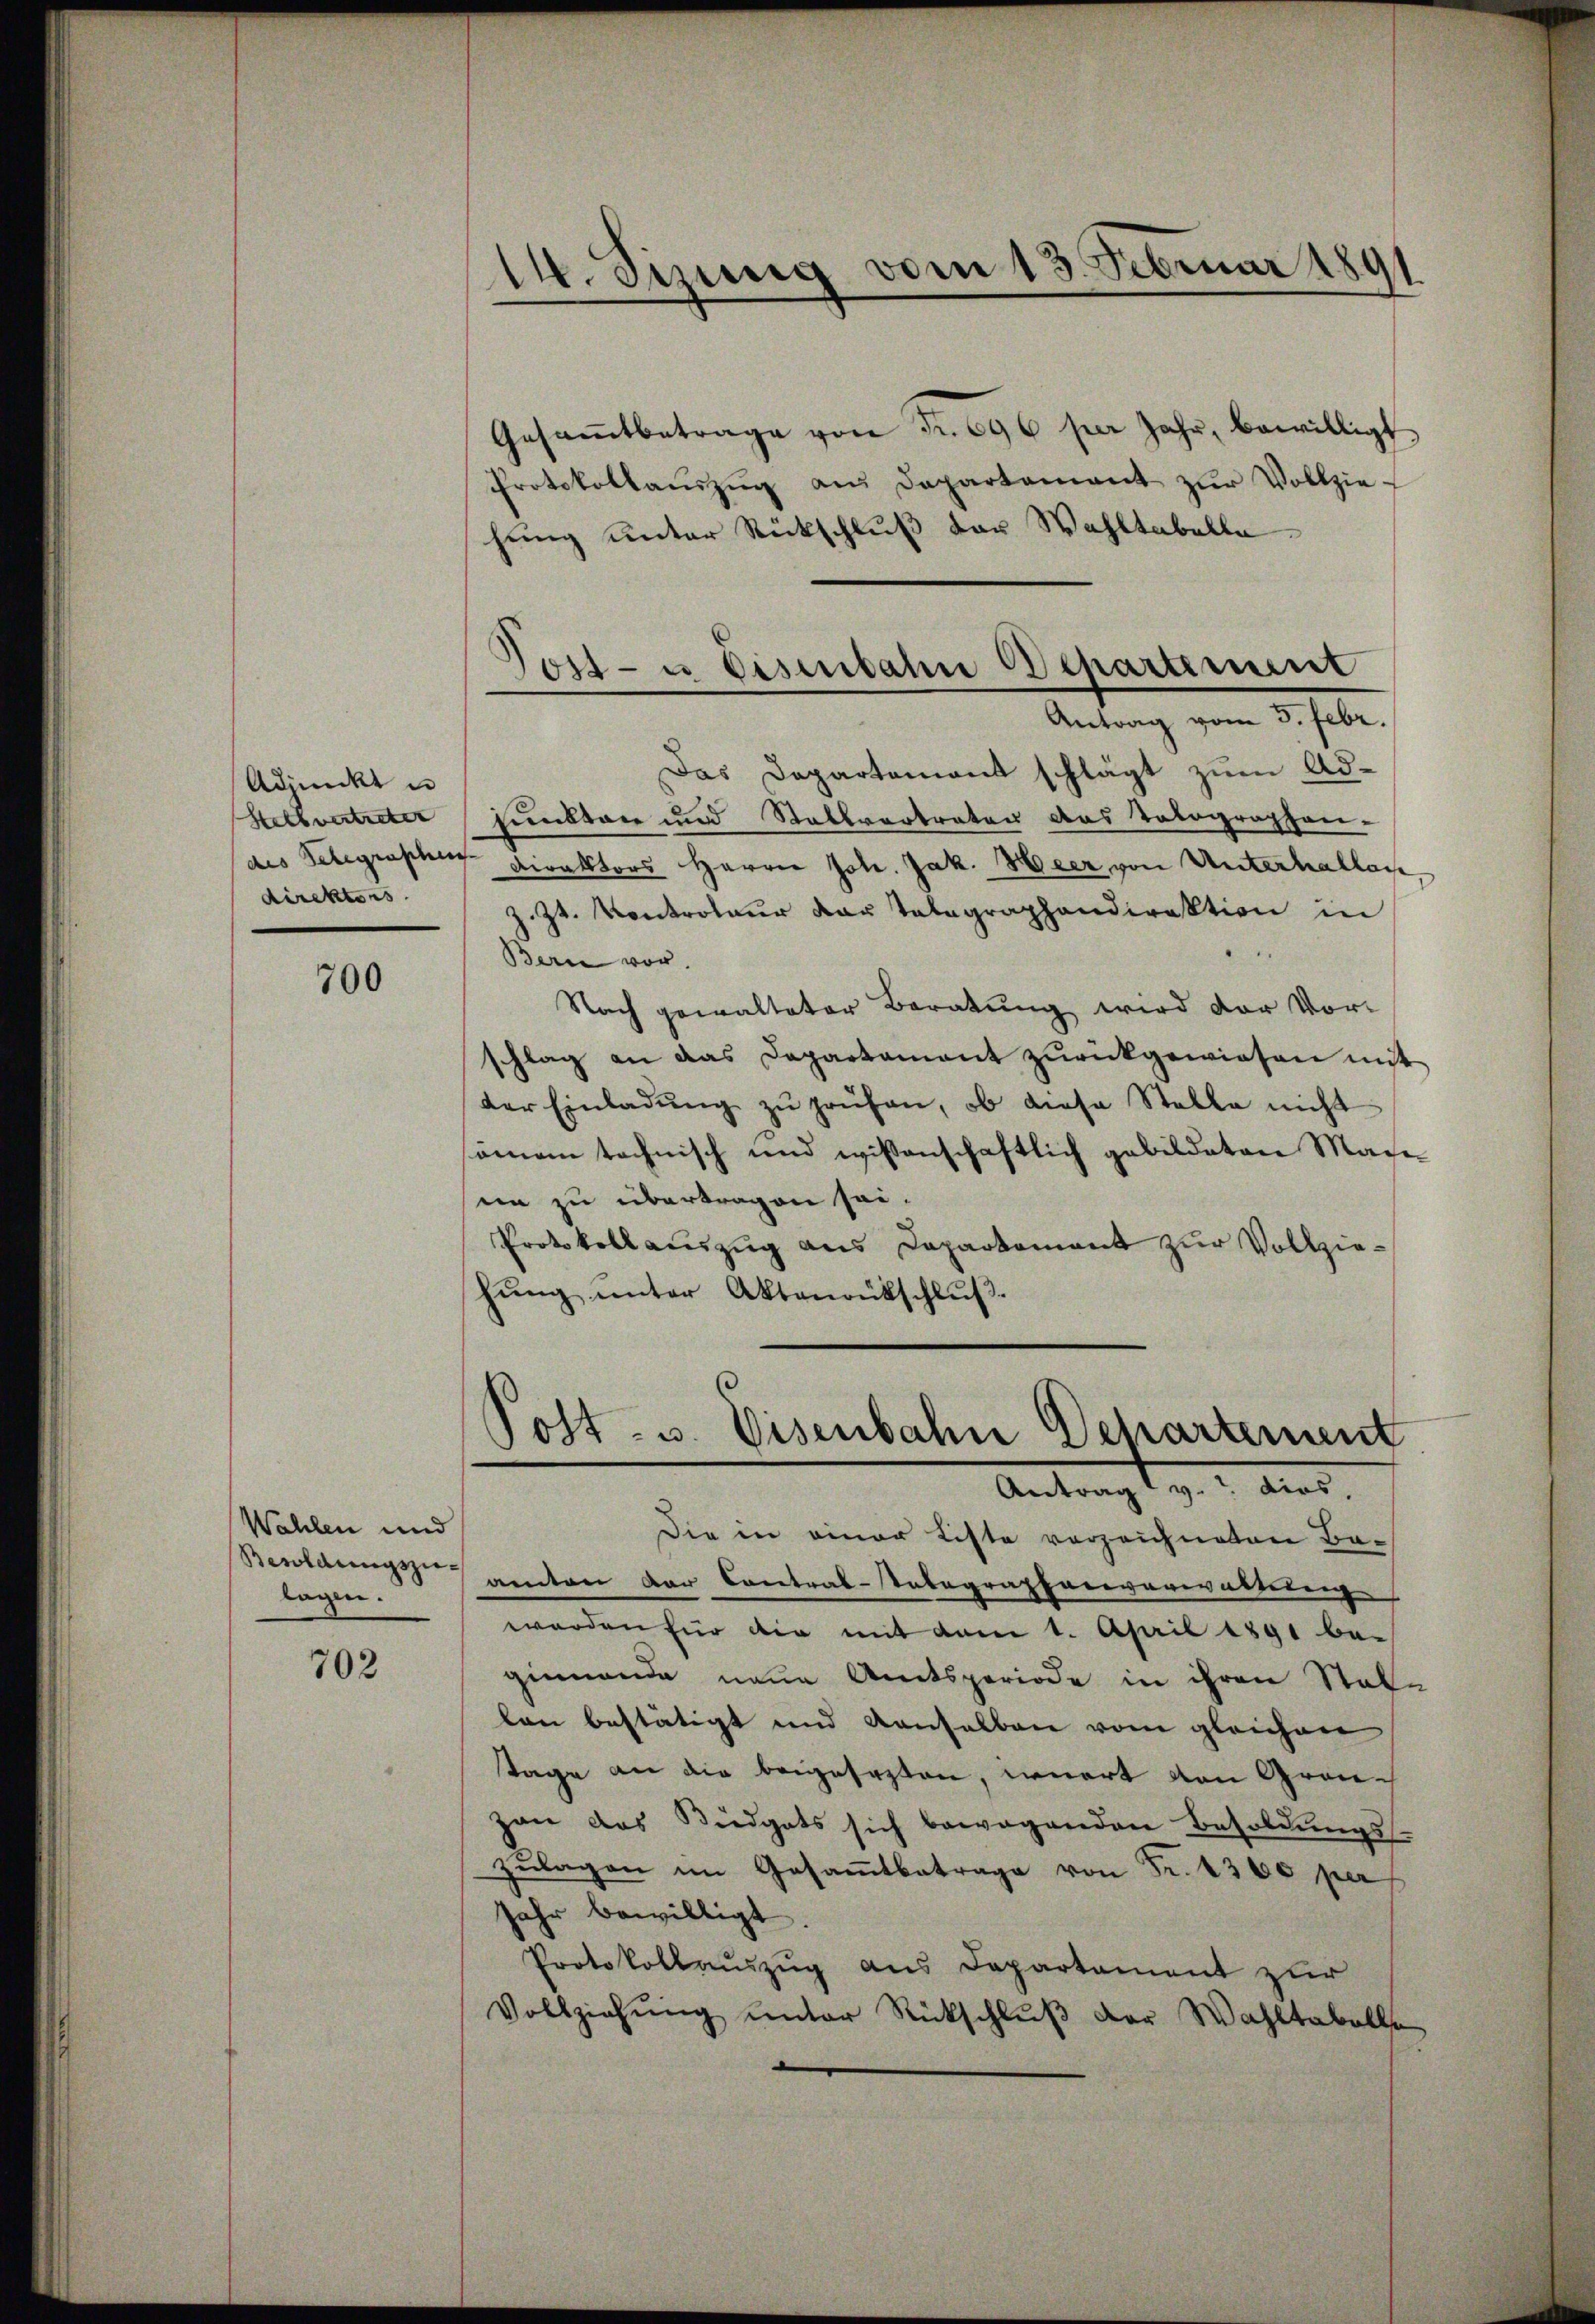
Admeckt un
Stellvertreter
des Telegraschen
direktors.

700

Wahlen und
Besoldungszu-
lagen.

702

14. Sizung vom 13. Februar 189

ost- u Eisenbahn Departement

Gesamtbetrage von Fr. 696 per Jahr, bewilligt
Protokollaŭszŭg ans Departement zŭr Vollzie
hung unter Rückschluß der Wahltabella
Antrag vom 3. Febr.
Das Departement schlägt zum Adfunkten und Stallvertreten das Tolographen-
Direktors Herrn Joh. Jak. Heer von Unterhallas
z. Zt. Kontroleur das Telegraphandirektion in
Bern vor.
Nach gewalteter Beratung wird der Vorschlag an das Departament zŭrückgewiesen mit
der Einladŭng zŭ prüfen, ob diese Stelle nicht
einem technisch und wissenschaftlich gebildeten Madesen zu übertragen sei.
Protokollauszug aus Departement zur Vollziehŭng ŭnter Aktenrütschlŭβ

Die in einer Liste verzeichneten Ba-
amten der Contral-Integraphenverwaltung
werden für die mit dem 1. April 1891 be-
ginnende neue Amtsperiode in ihren Statlon bestätigt und denselben vom gleichen
Tage an die beigesezten, einert von Grauzan das Budgets sich bewegenden Besoldŭngs-
zŭlagen im Gesamtbetrage von Fr. 1300 per
Jahr bewilligt.
Protokollauszug aus Departement zur
Vollziehung unter Rückschluß der Wahltabelle

Post- u. Eisenbahn Departement
Antrag v. dies,